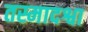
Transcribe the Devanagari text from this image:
तस्मादश्वा